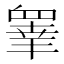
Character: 𭿓